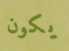
يكون